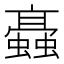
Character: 𧓚